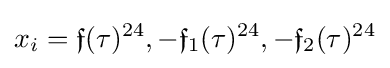
x_{i}={\mathfrak {f}}(\tau )^{24},-{\mathfrak {f}}_{1}(\tau )^{24},-{\mathfrak {f}}_{2}(\tau )^{24}